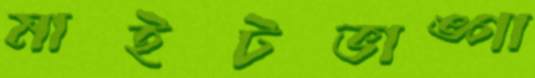
মাইটভাঙ্গা